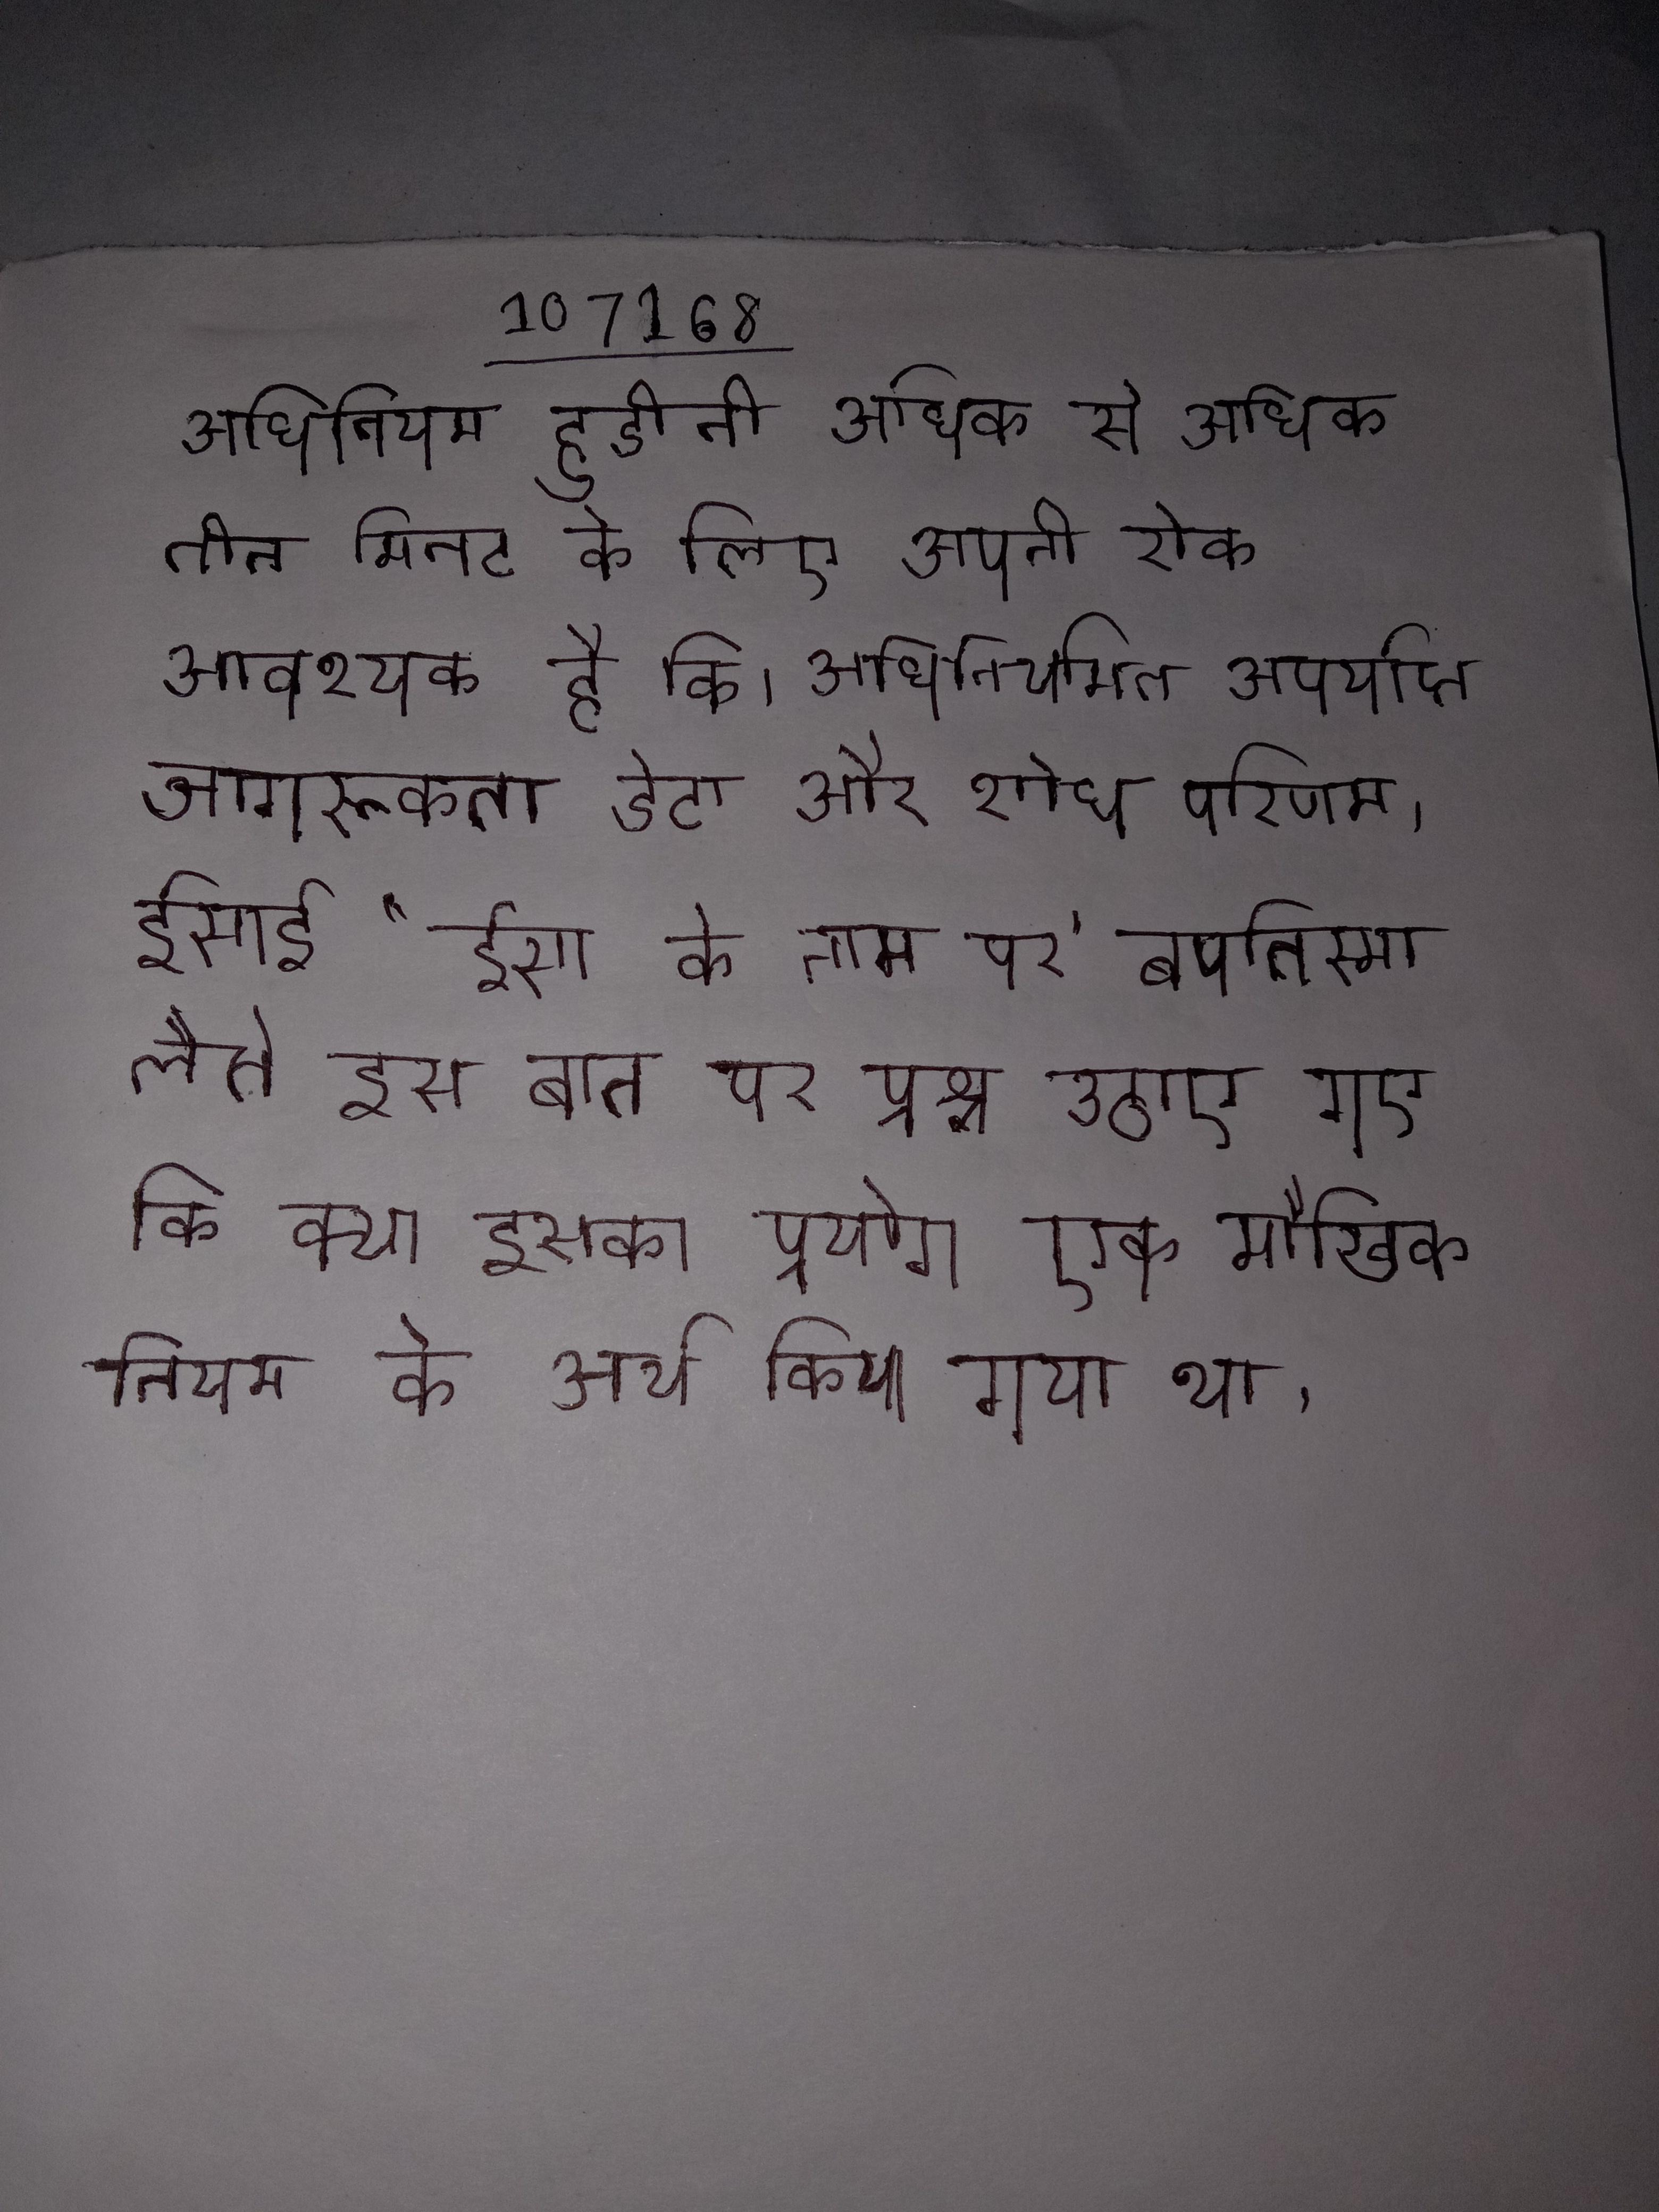
अधिनियम हुडीनी अधिक से अधिक तीन मिनट के लिए अपनी रोक आवश्यक है कि । अधिनियमित अपर्याप्त जागरूकता डेटा और शोध परिणाम । ईसाई "ईसा के नाम पर" बपतिस्मा लेते इस बात पर प्रश्न उठाए गए कि क्या इसका प्रयोग एक मौखिक नियम के अर्थ किया गया था ।